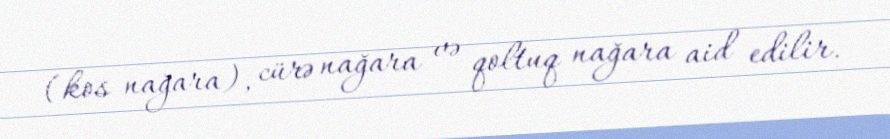
(kos nağara), cürə nağara və qoltuq nağara aid edilir.